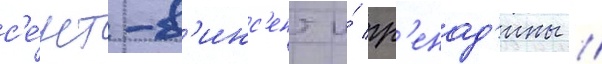
с'е́нт-в'инс'ент и́ гр'енад'ины //